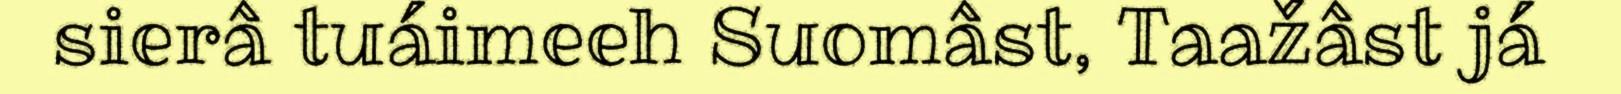
sierâ tuáimeeh Suomâst, Taažâst já